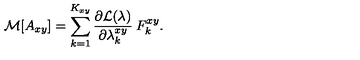
{ \cal { M } } [ A _ { x y } ] = \sum _ { k = 1 } ^ { K _ { x y } } \frac { \partial { \cal { L } } ( \lambda ) } { \partial \lambda _ { k } ^ { x y } } \: F _ { k } ^ { x y } .